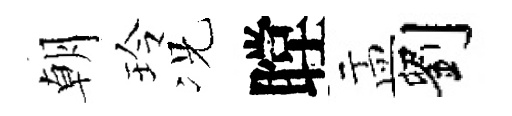
朝玲况瞠盂劉